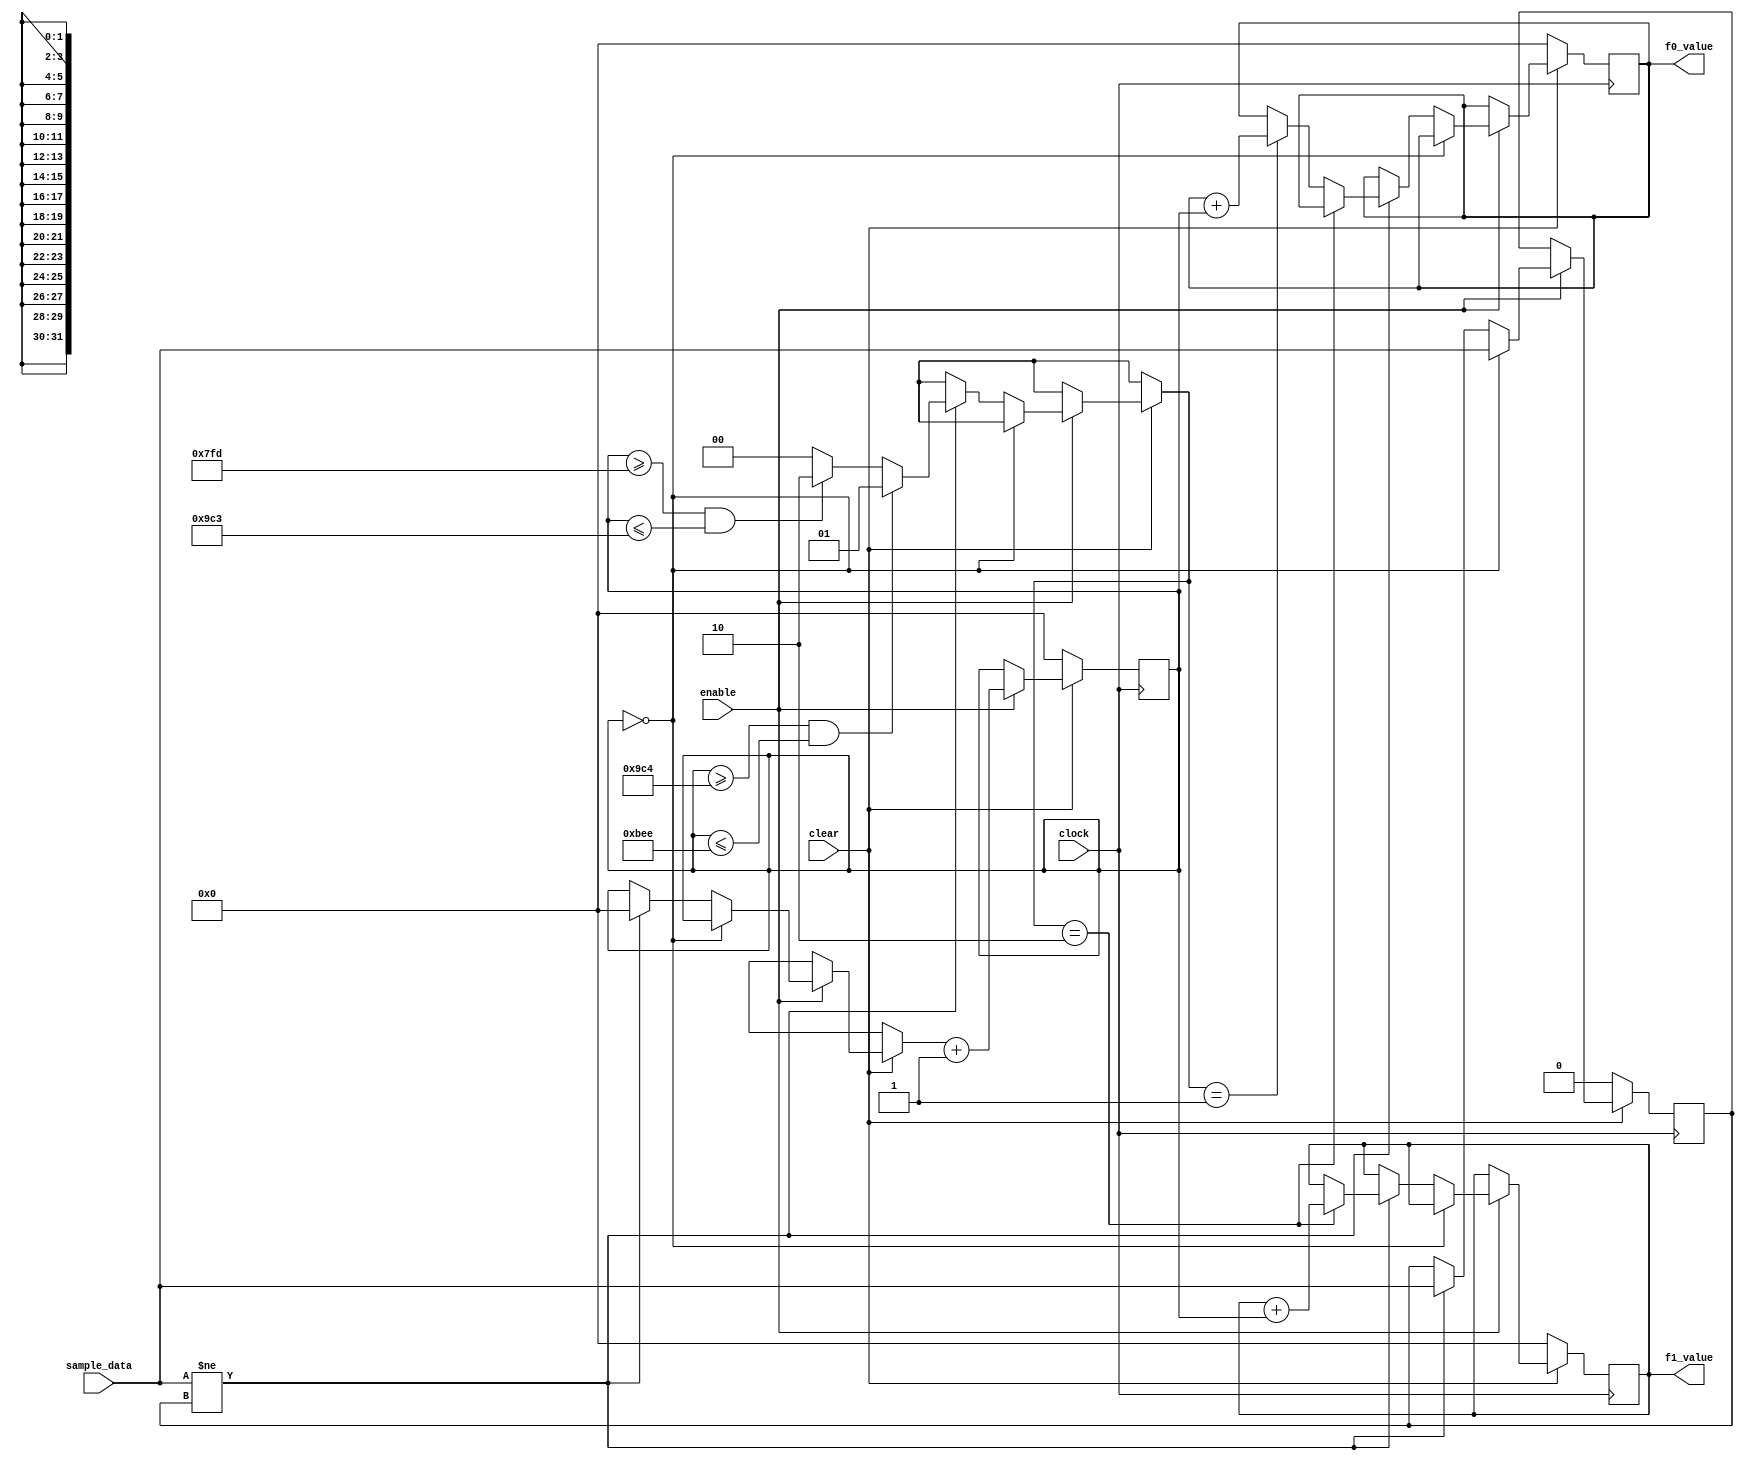
module frequency_analyzer #
(
    // FREQUENCY_2 MUST ALWAYS BE GREATER THAN FREQUENCY_1
    parameter FREQUENCY0 = 9000,                   // i.e. 9  kHz
    parameter FREQUENCY1 = 11000,                  // i.e. 11 kHz
    parameter FREQUENCY0_DEVIATION = 10,           // in percents
    parameter FREQUENCY1_DEVIATION = 10,           // in percents
    parameter CLOCK_FREQUENCY = 50000000           // i.e. 50 MHz
)
(
    input wire sample_data,
    input wire clock,
    input wire enable,
    input wire clear,
    output wire[31:0] f0_value,
    output wire[31:0] f1_value
);

localparam integer frequency0_ticks = CLOCK_FREQUENCY / (2 * FREQUENCY0);
localparam integer frequency1_ticks = CLOCK_FREQUENCY / (2 * FREQUENCY1);

localparam integer frequency0_deviation = (frequency0_ticks * FREQUENCY0_DEVIATION) / 100;
localparam integer frequency1_deviation = (frequency1_ticks * FREQUENCY1_DEVIATION) / 100;

reg[31:0] frequency_counter = 0;
reg[31:0] frequency0_counter = 0;
reg[31:0] frequency1_counter = 0;

reg start_sample_value;
reg[1:0] check_result;

assign f0_value = frequency0_counter;
assign f1_value = frequency1_counter;

initial
begin
    frequency_counter = 0;
    frequency0_counter = 0;
    frequency1_counter = 0;
end

always @(posedge clock) 
begin
    if(!clear) 
    begin
        start_sample_value = 0;
        frequency0_counter = 0;
        frequency1_counter = 0;
        frequency_counter = 0;
        check_result = 0;
    end
    
    else  
    if(enable) 
    begin
        if(frequency_counter == 0)
            start_sample_value = sample_data;
            
        else if(sample_data != start_sample_value) 
        begin
            start_sample_value = sample_data;
            check_result = check_frequency(frequency_counter);
                
            if(check_result == 2)
                frequency1_counter = frequency1_counter + frequency_counter;
            else if(check_result == 1)
                frequency0_counter = frequency0_counter + frequency_counter;                
            frequency_counter = 0;
        end        
        frequency_counter = frequency_counter + 1;
    end
end

function[1:0] check_frequency(input reg[31:0] frequency);
    reg[1:0] result;    
    begin
        //todo: umv: first approach frequency could have deviation
        if(frequency >= frequency0_ticks - frequency0_deviation && frequency <= frequency0_ticks + frequency0_deviation)
            result = 1;
        else if(frequency >= frequency1_ticks - frequency1_deviation && frequency <= frequency1_ticks + frequency1_deviation)
            result = 2;
        else result = 0;
        
        check_frequency = result;
    end
endfunction

endmodule